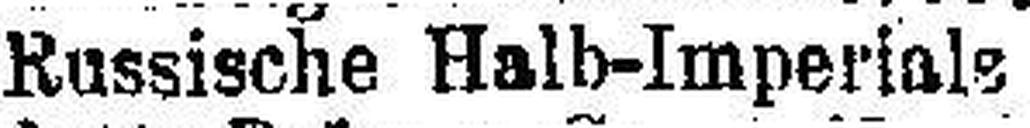
Russische Halb-Imperial